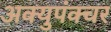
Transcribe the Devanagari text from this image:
अक्युपंक्चर